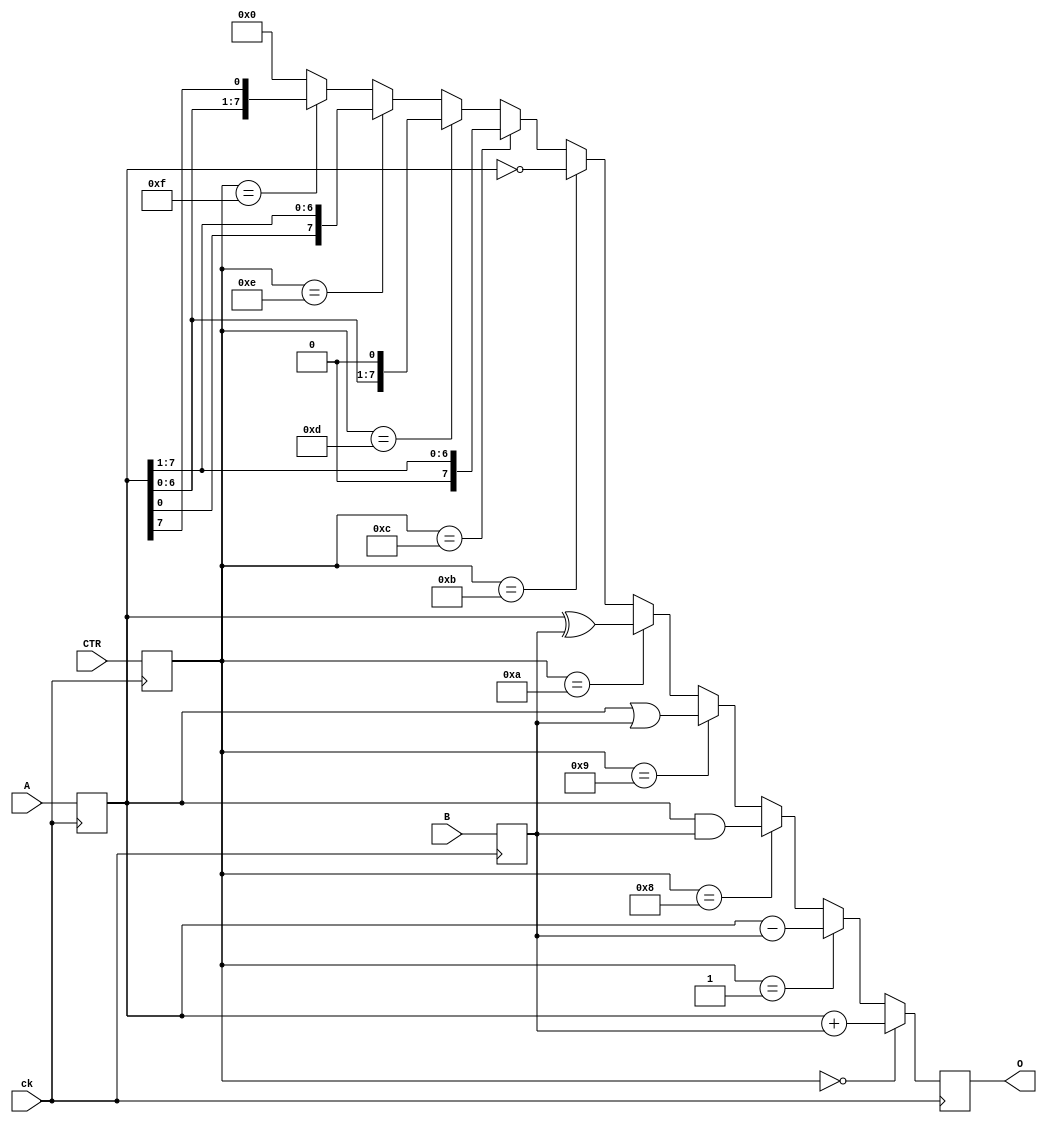
module  alu(A,B,O,CTR,ck);
input	[7:0]	A, B;
input	[3:0]	CTR;
input	ck;
output	[7:0] O;
reg	[7:0]	INA, INB, O;
reg	[3:0]	C;
wire	[7:0]	OUT;

always @(posedge ck) begin
INA <= A;
INB <= B;
C <= CTR;
O <= OUT;
end

assign OUT=(C=='b0000 ? INA + INB:
(C=='b0001 ? INA - INB:
(C=='b1000 ? INA & INB:
(C=='b1001 ? INA | INB:
(C=='b1010 ? INA ^ INB:
(C=='b1011 ? ~INA:
(C=='b1100 ? INA>>1:
(C=='b1101 ? INA<<1:
(C=='b1110 ? {INA[0], INA[7:1]}:
(C=='b1111 ? {INA[6:0], INA[7]}: 8'b0
))))))))));

endmodule